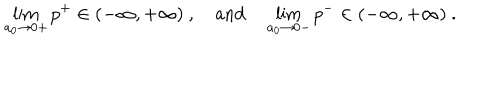
LaTeX: \lim _ { a _ { 0 } \to 0 + } p ^ { + } \in ( - \infty , + \infty ) ~ , \quad \mathrm { a n d } \quad \lim _ { a _ { 0 } \to 0 - } p ^ { - } \in ( - \infty , + \infty ) ~ .